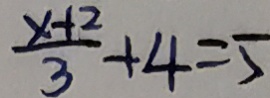
\frac { x + 2 } { 3 } + 4 = 5